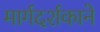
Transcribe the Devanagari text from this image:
मार्गदर्शकाने